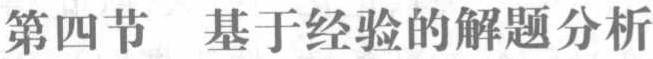
\section{基于经验的解题分析}